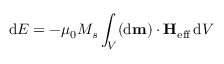
\mathrm { d } E = - \mu _ { 0 } M _ { s } \int _ { V } ( \mathrm { d } \mathbf { m } ) \cdot \mathbf { H } _ { \mathrm { e f f } } \, \mathrm { d } V